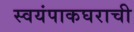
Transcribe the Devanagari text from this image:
स्वयंपाकघराची